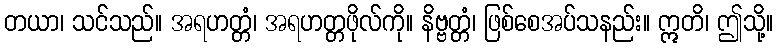
တယာ၊ သင်သည်။ အရဟတ္တံ၊ အရဟတ္တဖိုလ်ကို။ နိဗ္ဗတ္တံ၊ ဖြစ်စေအပ်သနည်း။ ဣတိ၊ ဤသို့။